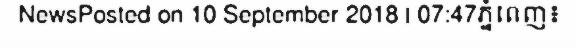
NewsPosted on 10 September 2018 | 07:47ភ្នំពេញ៖